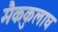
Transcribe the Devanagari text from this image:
मैककुलाघ